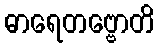
ဓာရေတဗ္ဗောတိ